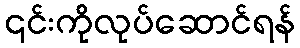
၎င်းကိုလုပ်ဆောင်ရန်